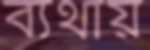
ব্যথায়